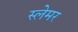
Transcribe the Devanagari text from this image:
स्लेमर